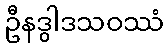
ဦနဒွါဒသဝဿံ